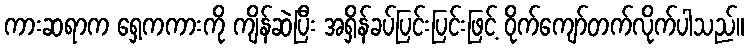
ကားဆရာက ရှေ့ကကားကို ကျိန်ဆဲပြီး အရှိန်ခပ်ပြင်းပြင်းဖြင့် ဝိုက်ကျော်တက်လိုက်ပါသည်။